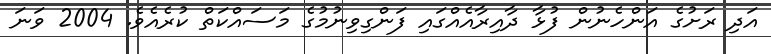
އަދި ރަށުގެ އަންހެނުން ފުޅާ ދާއިރާއެއްގައި ފަންގިވިނުމުގެ މަސައްކަތް ކުރެއެވެ. 2004 ވަނަ